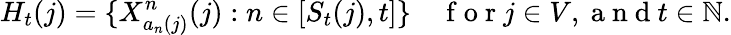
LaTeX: H_{t}(j)=\{ X_{a_{n}(j)}^{n}(j):n\in[S_{t}(j),t]\} \quad\mathrm{~f~o~r~}j\in V,\mathrm{~a~n~d~}t\in\mathbb{N}.